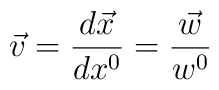
\vec{v} = \frac{d\vec{x}}{dx^0} = \frac{\vec{w}}{w^0}